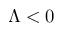
\Lambda < 0